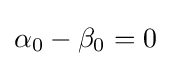
\alpha _{0}-\beta _{0}=0